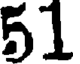
51